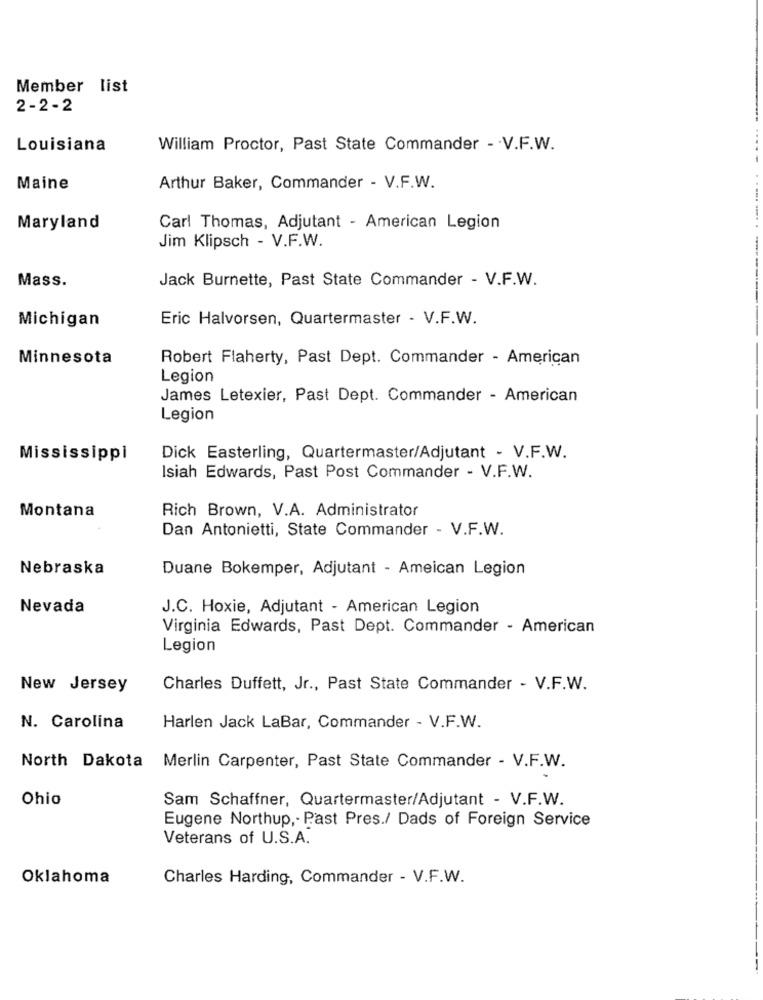
Member list
2-2-2
Louisiana
William Proctor, Past State Commander - . V.F.W.
Maine
Arthur Baker, Commander - V.F.W.
Maryland
Carl Thomas, Adjutant - American Legion
Jim Klipsch - V.F.W.
Mass.
Jack Burnette, Past State Commander - V.F.W.
Michigan
Eric Halvorsen, Quartermaster - V.F.W.
Minnesota
Robert Flaherty, Past Dept. Commander - American
Legion
James Letexier, Past Dept. Commander - American
Legion
Mississippi
Dick Easterling, Quartermaster/Adjutant - V.F.W.
Isiah Edwards, Past Post Commander - V.F.W.
Montana
Rich Brown, V.A. Administrator
Dan Antonietti, State Commander - V.F.W.
Nebraska
Duane Bokemper, Adjutant - Ameican Legion
Nevada
J.C. Hoxie, Adjutant - American Legion
Virginia Edwards, Past Dept. Commander - American
Legion
New Jersey
Charles Duffett, Jr ., Past State Commander - V.F.W.
N. Carolina
Harlen Jack LaBar, Commander - V.F.W.
North Dakota Merlin Carpenter, Past State Commander - V.F.W.
Ohio
Sam Schaffner, Quartermaster/Adjutant - V.F.W.
Eugene Northup ,- Past Pres./ Dads of Foreign Service
Veterans of U.S.A.
Oklahoma
Charles Harding, Commander - V.F.W.